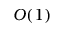
O ( 1 )